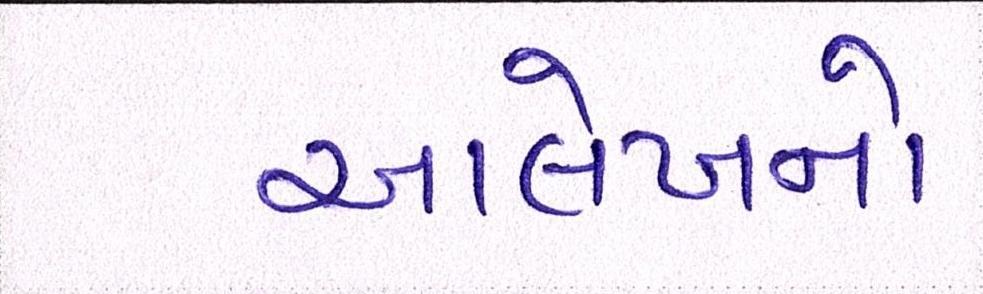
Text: આલેખનો